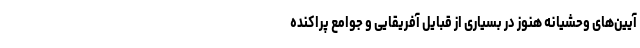
آیین‌های وحشیانه هنوز در بسیاری از قبایل آفریقایی و جوامع پراکنده